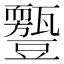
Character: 𧰛